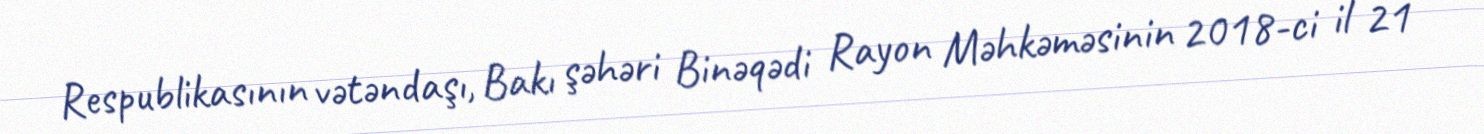
Respublikasının vətəndaşı, Bakı şəhəri Binəqədi Rayon Məhkəməsinin 2018-ci il 21